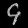
Digit: ၄